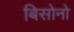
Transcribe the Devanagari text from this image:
बिसोनो